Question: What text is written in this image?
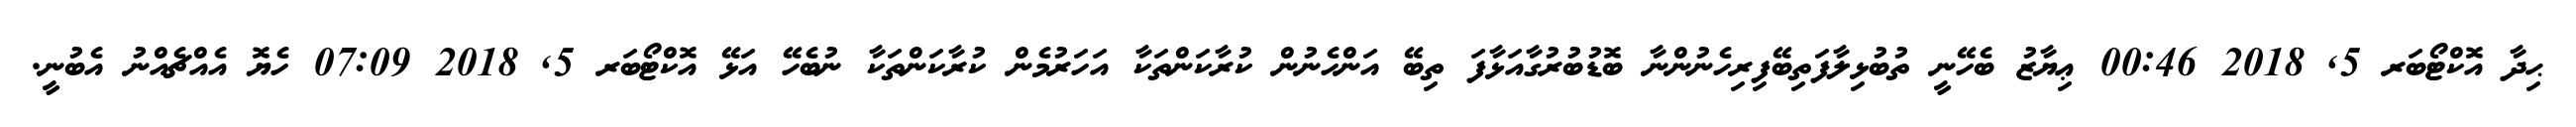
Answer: ޙިދާ އޮކްޓޯބަރ 5, 2018 00:46 ޢިޔާޒު ބެހޭނީ ތުބުޅިލާފަތިބޭފިރިހެނުންނާ ބޮޑުބުރުގާއަޅާފަ ތިބޭ އަންހެނުން ކުރާކަންތަކާ އަހަރުމެން ކުރާކަންތަކާ ނުބެހޭ އަޅޭ އޮކްޓޯބަރ 5, 2018 07:09 ހެޔޮ އެއްޗެއްނު އެބުނީ.